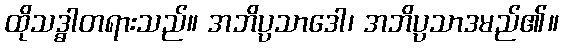
ထိုသဒ္ဓါတရားသည်။ အဘိပ္ပသာဒေါ၊ အဘိပ္ပသာဒမည်၏။